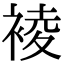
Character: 裬